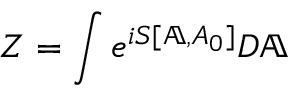
Z = \int e ^ { i S [ \mathbb { A } , A _ { 0 } ] } { \cal D } \mathbb { A }